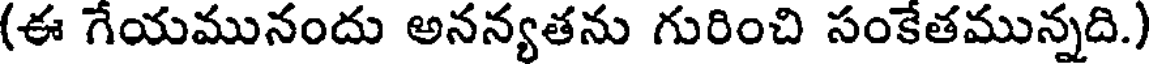
(ఈ గేయమునందు అనన్యతను గురించి సంకేతమున్నది.)